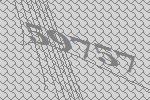
59757